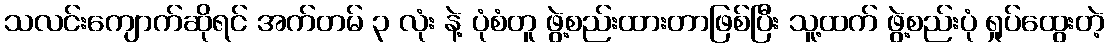
သလင်းကျောက်ဆိုရင် အက်တမ် ၃ လုံး နဲ့ ပုံစံတူ ဖွဲ့စည်းထားတာဖြစ်ပြီး သူ့ထက် ဖွဲ့စည်းပုံ ရှုပ်ထွေးတဲ့